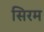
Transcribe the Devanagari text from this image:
सिरम